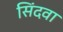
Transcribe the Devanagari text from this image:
सिंदवा